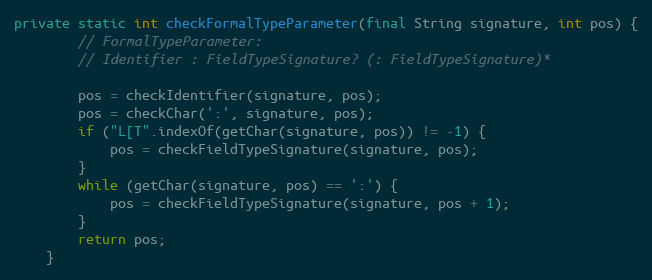
Language: Java
private static int checkFormalTypeParameter(final String signature, int pos) {
        // FormalTypeParameter:
        // Identifier : FieldTypeSignature? (: FieldTypeSignature)*

        pos = checkIdentifier(signature, pos);
        pos = checkChar(':', signature, pos);
        if ("L[T".indexOf(getChar(signature, pos)) != -1) {
            pos = checkFieldTypeSignature(signature, pos);
        }
        while (getChar(signature, pos) == ':') {
            pos = checkFieldTypeSignature(signature, pos + 1);
        }
        return pos;
    }